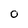
Character: 0